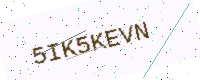
Text: 5IK5KEVN